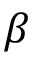
\beta